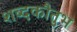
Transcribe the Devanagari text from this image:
शब्दकौतुभ